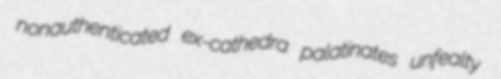
nonauthenticated ex-cathedra palatinates unfealty